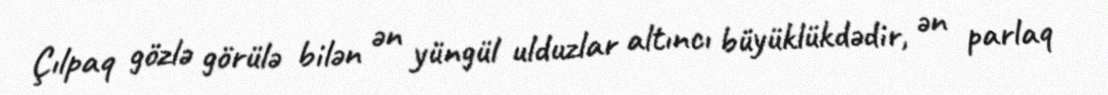
Çılpaq gözlə görülə bilən ən yüngül ulduzlar altıncı büyüklükdədir, ən parlaq